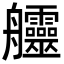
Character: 𦫊